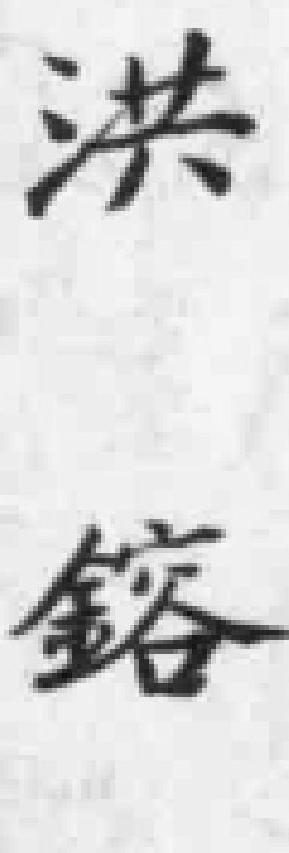
洪鎔